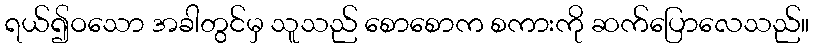
ရယ်၍ဝသော အခါတွင်မှ သူသည် စောစောက စကားကို ဆက်ပြောလေသည်။